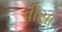
વીસા